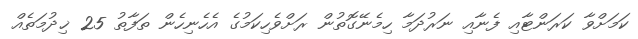
ކަމަށްވާ ކަރަންޓާއި ފެނާއި ނަރުދަމާ ހިމެނޭގޮތުން ރަށްވެހިކަމުގެ އެހެނިހެން ތަފާތު 25 ޚިދުމަތެއް